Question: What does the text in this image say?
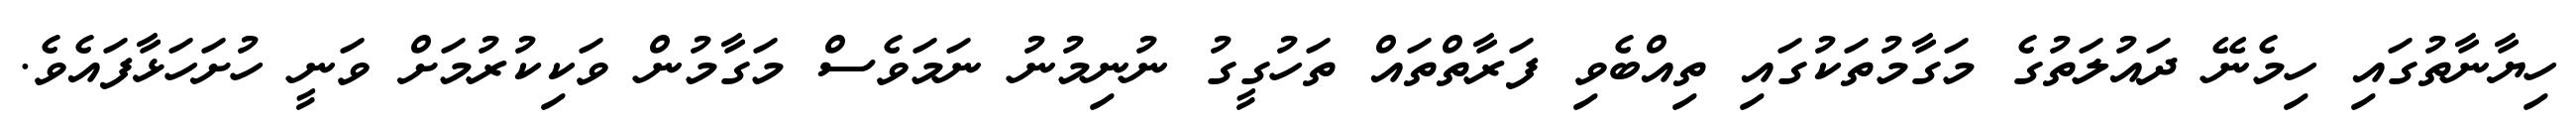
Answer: ހިޔާނާތުގައި ހިމެނޭ ދައުލަތުގެ މަގާމުތަކުގައި ތިއްބެވި ފަރާތްތައް ތަހުގީގު ނުނިމުނު ނަމަވެސް މަގާމުން ވަކިކުރުމަށް ވަނީ ހުށަހަޅާފައެވެ.